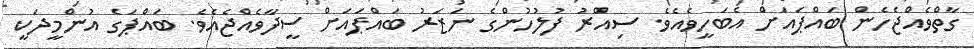
ގާތްވެއްޖެހެން ބައްޕައަށް އެބަހީވެއެވެ. ސިއްރު ފުލުހުންގެ ނަޒަރު ބައްޕައަށް ސީދާވެއްޖެއެވެ. ބައްޕަގެ އުންމީދަކީ